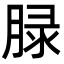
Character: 䐂